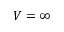
V = \infty